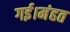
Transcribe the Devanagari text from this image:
गई।मंहत